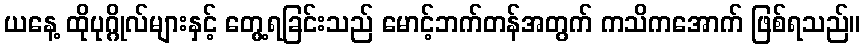
ယနေ့ ထိုပုဂ္ဂိုလ်များနှင့် တွေ့ရခြင်းသည် မောင့်ဘက်တန်အတွက် ကသိကအောက် ဖြစ်ရသည်။